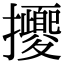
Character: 𢺕